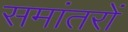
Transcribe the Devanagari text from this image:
समांतरों